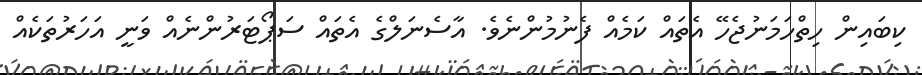
ކިބައިން ހިތްހަމަނުޖެހޭ އެތައް ކަމެއް ފެނުމުންނެވެ. އާސެނަލްގެ އެތައް ސަޕޯޓަރުންނެއް ވަނީ އަހަރުތަކެއް